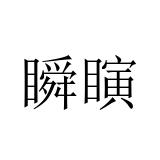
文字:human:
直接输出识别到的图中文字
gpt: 瞬瞚